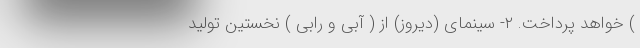
) خواهد پرداخت. ۲- سینمای (دیروز) از ( آبی و رابی ) نخستین تولید